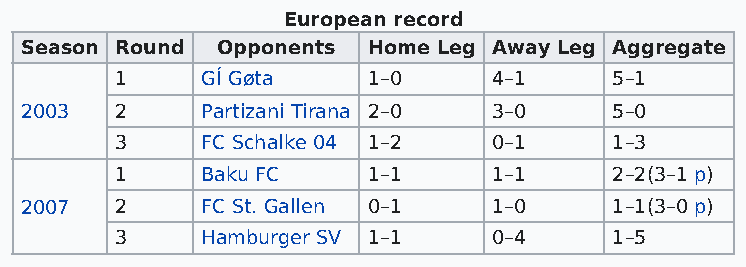
European record
 Season Round Opponents Home Leg Away Leg Aggregate
 1    GÍ Gøta    1–0      4–1     5–1
 2003   2    Partizani Tirana 2–0 3–0    5–0
 3    FC Schalke 04 1–2   0–1     1–3
 1    Baku FC    1–1      1–1     2–2(3–1 p)
 2007   2    FC St. Gallen 0–1   1–0     1–1(3–0 p)
 3    Hamburger SV 1–1    0–4     1–5